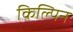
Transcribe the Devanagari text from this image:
किल्पिन